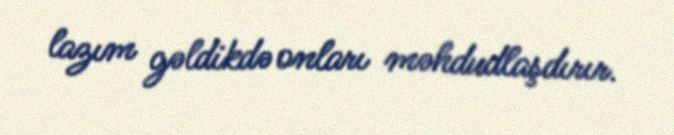
lazım gəldikdə onları məhdudlaşdırır.